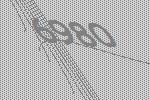
6980